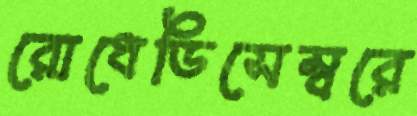
রোধেডিসেম্বরে